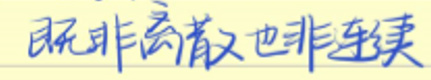
既非离散也非连续